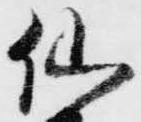
仙